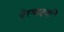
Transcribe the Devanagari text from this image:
प्रेरणादयी